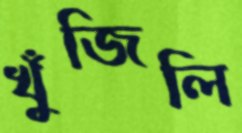
খুঁজিলি